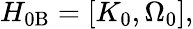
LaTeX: H_{0\mathrm{B}}=\left[K_{0},\Omega_{0}\right],